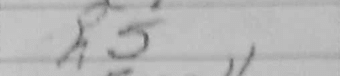
Transcription: h5